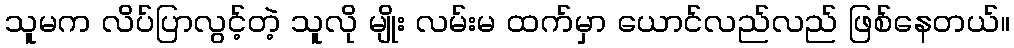
သူမက လိပ်ပြာလွင့်တဲ့ သူလို မျိုး လမ်းမ ထက်မှာ ယောင်လည်လည် ဖြစ်နေတယ်။